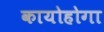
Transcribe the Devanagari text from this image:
कायोहोगा